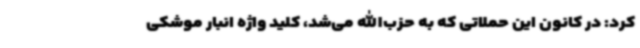
کرد: در کانون این حملاتی که به حزب‌الله می‌شد، کلید واژه انبار موشکی